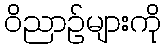
ဝိညာဉ်များကို